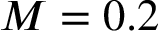
M = 0 . 2